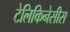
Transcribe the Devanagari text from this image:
टेलिकिनेसीस